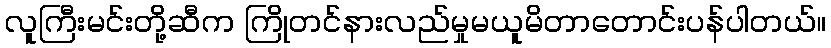
လူကြီးမင်းတို့ဆီက ကြိုတင်နားလည်မှုမယူမိတာတောင်းပန်ပါတယ်။